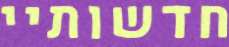
חדשותיי